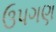
ઉપગણ